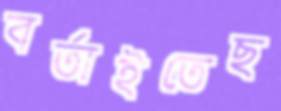
বর্তাইতেছ